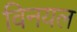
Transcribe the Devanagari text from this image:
विनयल